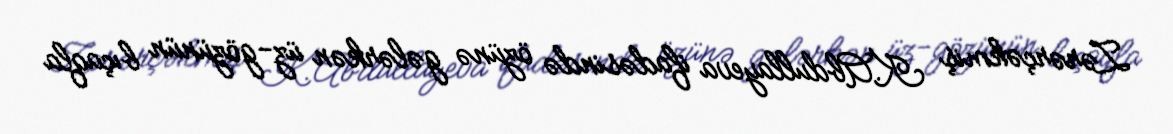
Zərərçəkmiş K.Abdullayeva ifadəsində özünə gələrkən üz-gözünün bıçaqla